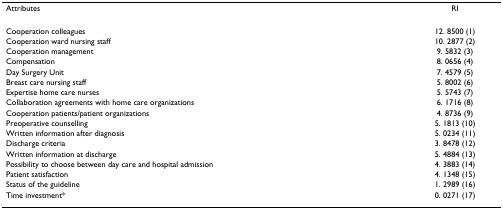
| Attributes | RI |
 | --- | --- |
 | Cooperation colleagues | 12. 8500 (1) |
 | Cooperation ward nursing staff | 10. 2877 (2) |
 | Cooperation management | 9. 5832 (3) |
 | Compensation | 8. 0656 (4) |
 | Day Surgery Unit | 7. 4579 (5) |
 | Breast care nursing staff | 5. 8002 (6) |
 | Expertise home care nurses | 5. 5743 (7) |
 | Collaboration agreements with home care organizations | 6. 1716 (8) |
 | Cooperation patients/patient organizations | 4. 8736 (9) |
 | Preoperative counselling | 5. 1813 (10) |
 | Written information after diagnosis | 5. 0234 (11) |
 | Discharge criteria | 3. 8478 (12) |
 | Written information at discharge | 5. 4884 (13) |
 | Possibility to choose between day care and hospital admission | 4. 3883 (14) |
 | Patient satisfaction | 4. 1348 (15) |
 | Status of the guideline | 1. 2989 (16) |
 | Time investment* | 0. 0271 (17) |